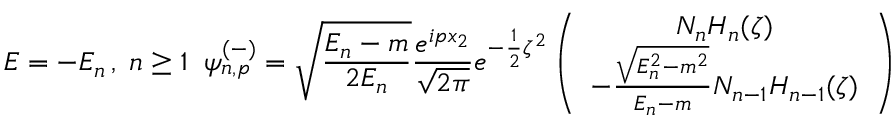
E = - E _ { n } \, , \; n \geq 1 \; \; \psi _ { n , p } ^ { ( - ) } = \sqrt { \frac { E _ { n } - m } { 2 E _ { n } } } \frac { e ^ { i p x _ { 2 } } } { \sqrt { 2 \pi } } e ^ { - \frac { 1 } { 2 } { \zeta } ^ { 2 } } \left( \begin{array} { c } { { N _ { n } H _ { n } ( \zeta ) } } \\ { { - \frac { \sqrt { E _ { n } ^ { 2 } - m ^ { 2 } } } { E _ { n } - m } N _ { n - 1 } H _ { n - 1 } ( \zeta ) } } \end{array} \right)